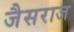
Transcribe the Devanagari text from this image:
जैसराज